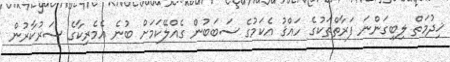
ޚިދުމަތް ލިބިގަންނަ ފަރާތްތަކުގެ ހައްޤު އެކަމުގެ ސަބަބުން ގެއްލޭކަމަށް ބުނެ އެމެރިކާގެ ސަރުކާރުން